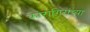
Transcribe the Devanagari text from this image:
कारागिरांच्या